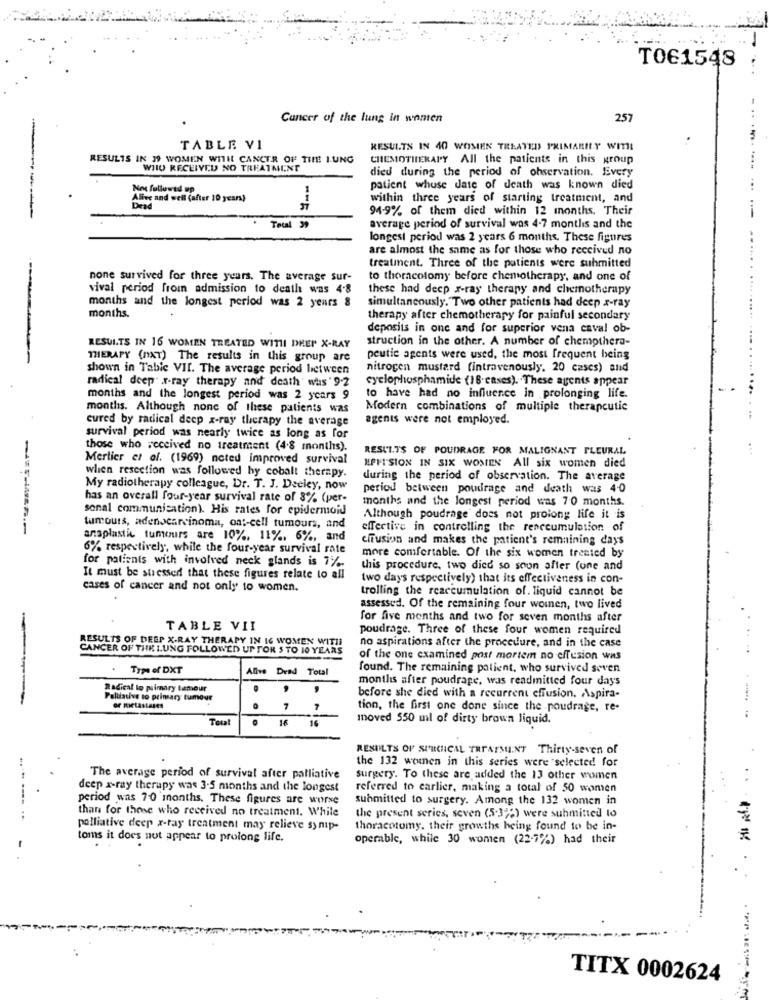
TO61548
...
Cancer of the lung in women
257
TABLE VI
RESULTS IN 40 WOMEN TREATED PRIMARILY WITHI
RESULTS IN 19 WOMEN WITH CANCER OF THE I-UNG
CHEMOTHERAPY All the patients in this group
WIIU RECEIVED NO TREATMENT
died during the period of observation. Every
Nos followed up
patient whuse date of death was known died
...
Alive and well (after 10 years)
within three years of starting treatment, and
94-9% of them died within 12 months. Their
Total 39
average period of survival was 4-7 months and the
longest period was 2 years 6 months. These figures
are almost the same as for those who received no
treatment. Three of the patients were submitted
none survived for three years. The average sur-
to thoracotomy before chemotherapy, and one of
vival period from admission to death was 4-8
these had deep x-ray therapy and chemotherapy
months and the longest period was 2 years 8
months.
simultaneously. Two other patients had deep x-ray
therapy after chemotherapy for painful secondary
deposits in one and for superior vena caval ob-
struction in the other. A number of chemothera-
RESULTS IN 16 WOMEN TREATED WITH DHET X-RAY
THERAPY (NAT) The results in this group are
peutic agents were used, the most frequent being
shown in Table VII. The average period between
nitrogen mustard (intravenously, 20 cases) and
cyclophosphamide (18.enses). These agents appear
radical deep x-ray therapy and death was ' 9.2
...
months and the longest period was 2 years 9
to have had no influence in prolonging life.
months. Although none of these patients was
Modern combinations of multiple therapeutic
cured by radical deep x-ray therapy the average
agents were not employed.
survival period was nearly twice as long as for
those who received no treatment (4.8 months).
RESULTS OF POUDRAGE FOR MALIGNANT PLEURAL
Merlier et al. (1969) noted improved survival
when resection was followed hy cobalt therapy.
IPHI SION IN SIX WOMEN All six women died
during the period of observation. The average
My radiotherapy colleague, Dr. T. J. Deeley, now
period between poudrage and death was 4-0
has an overall four-year survival rate of 3% (per-
months and the longest period was 7:0 months.
sonal communication). His rates for epidermoid
Although poudrage does not prolong life it is
tumours, adenocarcinoma, oa :- cell tumours, and
effective in controlling the reaccumulation of
ansplastic tumours are 10%. 11%. 6%, and
cifusion and makes the patient's remaining days
6% respectively, while the four-year survival rate
for patients with involved neck glands is 7%.
more comfortable. Of the six women treated by
this procedure, two died so soon after (one and
It must be stressed that these figures relate to all
two days respectively) that its effectiveness in con-
cases of cancer and not only to women.
trolling the reaccumulation of. liquid cannot be
assessed. Of the remaining four women, two lived
for five months and two for seven months after
TABLE VII
poudrage. Three of these four women required
RESULTS OF DEEP X-RAY THERAPY IN IG WOMEN WITH
CANCER OF THIK LUNG FOLLOWED UP FOR 5 TO 10 YEARS
no aspirations after the procedure, and in the case
of the one examined post mortem no effusion was
Type of DXT
Alive Dead Total
found. The remaining patient, who survived seven
months after poudrage, was readmitted four days
Radical lo primary lamour
Palliative to prinsary tumque
before she died with a recurrent effusion. Aspira-
or metastases
7
7
tion, the first one done since the poudrage, re-
Total
16
16
moved 550 ml of dirty brown liquid.
RESULTS OF SURCHICAL TREATMENT Thirty-seven of
the 132 women in this series were selected for
The average period of survival after palliative
surgery. To these are added the 13 other women
deep x-ray therapy was 3.5 months and the longest
referred to carlier, making a total of 50 women
period was 70 months. These figures are worse
submitted to surgery. Among the 132 women in
than for those who received no treatment. While
the present series, seven (5-3%) were submitted to
palliative deep x-ray treatment may relieve symp-
thoracotomy, their growths being found to be in-
toms it does not appear to prolong life.
operable, while 30 women (22-7%) had their
..
TITX 0002624